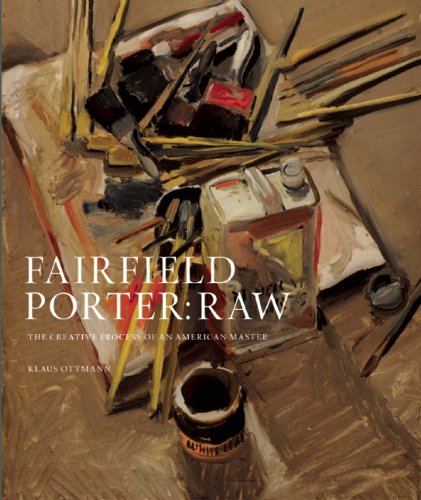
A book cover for Fairfield Porter: Raw: The Creative Process of an American Master; Klaus Ottmann; Arts & Photography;